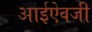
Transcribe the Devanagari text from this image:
आईऐवजी